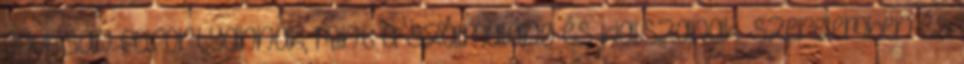
gyorsan felfortyannak, mint a szalmaláng és kialszanak. Szerelemben és